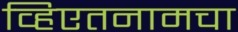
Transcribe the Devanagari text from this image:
व्हिएतनामचा